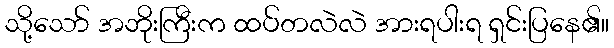
သို့သော် အဘိုးကြီးက ထပ်တလဲလဲ အားရပါးရ ရှင်းပြနေ၏။